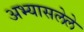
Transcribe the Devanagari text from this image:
अभ्यासलेले